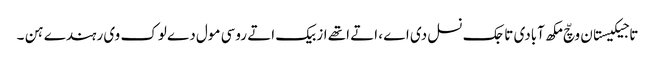
تاجیکیستان وچّ مکھ آبادی تاجک نسل دی اے ، اتے اتھے ازبیک اتے روسی مول دے لوک وی رہندے ہن ۔